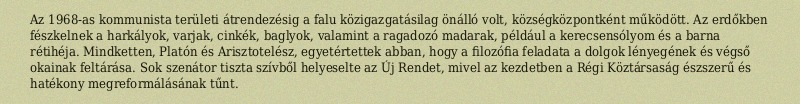
Az 1968-as kommunista területi átrendezésig a falu közigazgatásilag önálló volt, községközpontként működött. Az erdőkben fészkelnek a harkályok, varjak, cinkék, baglyok, valamint a ragadozó madarak, például a kerecsensólyom és a barna rétihéja. Mindketten, Platón és Arisztotelész, egyetértettek abban, hogy a filozófia feladata a dolgok lényegének és végső okainak feltárása. Sok szenátor tiszta szívből helyeselte az Új Rendet, mivel az kezdetben a Régi Köztársaság észszerű és hatékony megreformálásának tűnt.